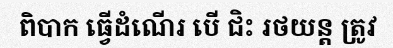
ពិបាក ធ្វើដំណើរ បើ ជិះ រថយន្ត ត្រូវ